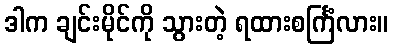
ဒါက ချင်းမိုင်ကို သွားတဲ့ ရထားစင်္ကြံလား။